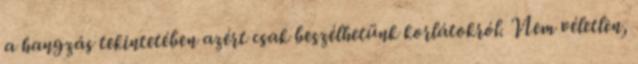
a hangzás tekintetében azért csak beszélhetünk korlátokról. Nem véletlen,